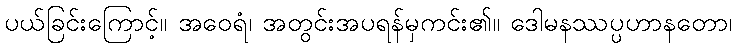
ပယ်ခြင်းကြောင့်။ အဝေရံ၊ အတွင်းအပရန်မှကင်း၏။ ဒေါမနဿပ္ပဟာနတော၊